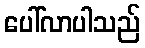
ပေါ်လာပါသည်